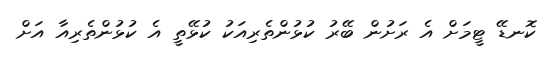
ކޮނޑޭ ޓީމަށް އެ ރަށުން ބޭރު ކުޅުންތެރިއަކު ކުޅޭތީ އެ ކުޅުންތެރިއާ އަށް